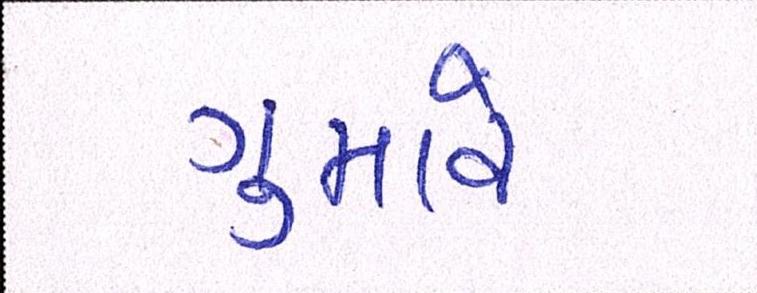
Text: ગુમાવે